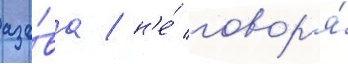
азо́ва / н'е́ говор'я́